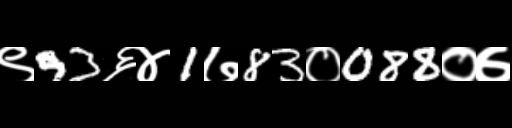
Text: ९93६४1७83०088०७